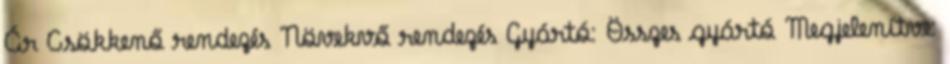
Ár Csökkenő rendezés Növekvő rendezés Gyártó: Összes gyártó Megjelenítve: